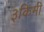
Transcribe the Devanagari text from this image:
३किमी